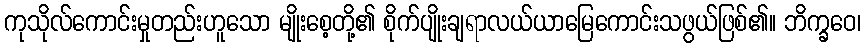
ကုသိုလ်ကောင်းမှုတည်းဟူသော မျိုးစေ့တို့၏ စိုက်ပျိုးချရာလယ်ယာမြေကောင်းသဖွယ်ဖြစ်၏။ ဘိက္ခဝေ၊